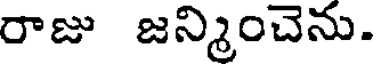
రాజు జన్మించెను.